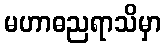
မဟာဓညရာသိမှာ